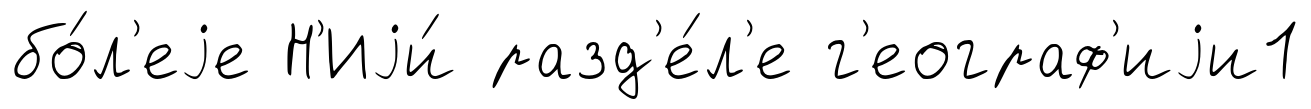
бо́л'еjе Н'Иjи́ разд'е́л'е г'еограф'иjи1